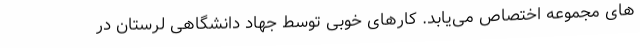
های مجموعه اختصاص می‌یابد. کارهای خوبی توسط جهاد دانشگاهی لرستان در